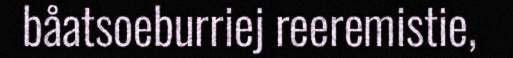
båatsoeburriej reeremistie,